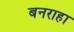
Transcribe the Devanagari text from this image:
बनराहा